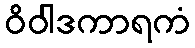
ဝိဝါဒကာရကံ